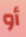
أو